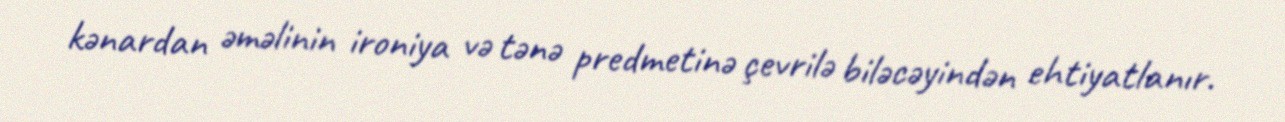
kənardan əməlinin ironiya və tənə predmetinə çevrilə biləcəyindən ehtiyatlanır.